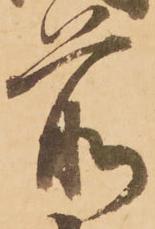
前